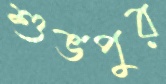
শুভপুর